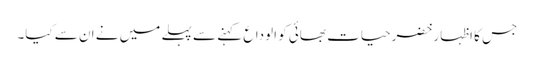
جس کا اظہار خضرحیات بھائی کو الوداع کہنے سے پہلے میں نے ان سے کیا۔